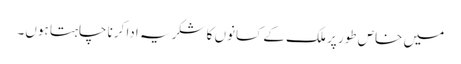
میں خاص طور پر ملک کے کسانوں کا شکریہ ادا کرنا چاہتا ہوں۔